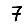
Digit: 7